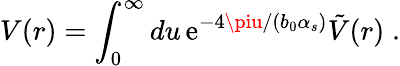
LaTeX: V(r)=\int_{0}^{\infty}du\, \mathrm{e}^{-4\piu/(b_{0}\alpha_{s})}\tilde{{V}}(r)\; .